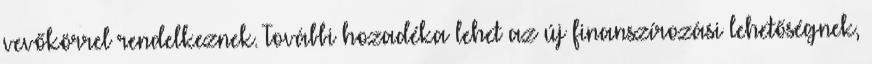
vevőkörrel rendelkeznek. További hozadéka lehet az új finanszírozási lehetőségnek,